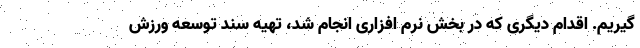
گیریم. اقدام دیگری که در بخش نرم افزاری انجام شد، تهیه سند توسعه ورزش